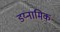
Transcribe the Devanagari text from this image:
डय्नामिक